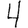
Digit: 4